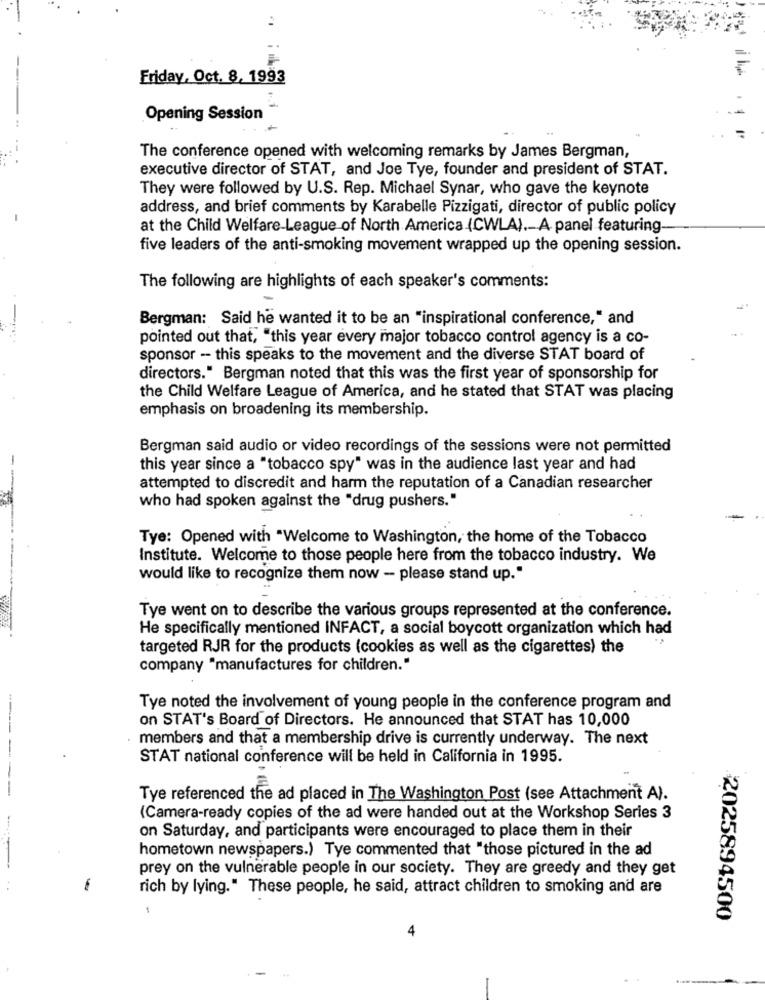
..
Friday, Oct. 8, 1993
Opening Session
The conference opened with welcoming remarks by James Bergman,
executive director of STAT, and Joe Tye, founder and president of STAT.
They were followed by U.S. Rep. Michael Synar, who gave the keynote
address, and brief comments by Karabelle Pizzigati, director of public policy
at the Child Welfare-League of North America (CWLA). A panel featuring-
five leaders of the anti-smoking movement wrapped up the opening session.
The following are highlights of each speaker's comments:
Bergman: Said he wanted it to be an "inspirational conference," and
pointed out that, "this year every major tobacco control agency is a co-
sponsor -- this speaks to the movement and the diverse STAT board of
directors." Bergman noted that this was the first year of sponsorship for
the Child Welfare League of America, and he stated that STAT was placing
emphasis on broadening its membership.
Bergman said audio or video recordings of the sessions were not permitted
this year since a "tobacco spy" was in the audience last year and had
attempted to discredit and harm the reputation of a Canadian researcher
who had spoken against the "drug pushers."
Tye: Opened with "Welcome to Washington, the home of the Tobacco
Institute. Welcome to those people here from the tobacco industry. We
would like to recognize them now - please stand up."
Tye went on to describe the various groups represented at the conference.
He specifically mentioned INFACT, a social boycott organization which had
targeted RJR for the products (cookies as well as the cigarettes) the
company "manufactures for children."
Tye noted the involvement of young people in the conference program and
on STAT's Board of Directors. He announced that STAT has 10,000
members and that a membership drive is currently underway. The next
STAT national conference will be held in California in 1995.
------
Tye referenced the ad placed in The Washington Post (see Attachment A).
(Camera-ready copies of the ad were handed out at the Workshop Series 3
on Saturday, and participants were encouraged to place them in their
hometown newspapers.) Tye commented that "those pictured in the ad
prey on the vulnerable people in our society. They are greedy and they get
rich by lying." These people, he said, attract children to smoking and are
2025894500
4